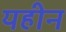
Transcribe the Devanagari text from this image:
यहीन